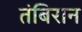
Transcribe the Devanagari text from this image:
तंबिरान